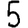
Digit: 5